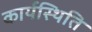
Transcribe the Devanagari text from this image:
कार्यस्थिति